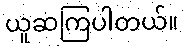
ယူဆကြပါတယ်။